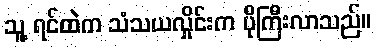
သူ့ ရင်ထဲက သံသယလှိုင်းက ပိုကြီးလာသည်။